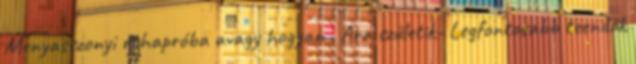
Menyasszonyi ruhapróba avagy hogyan . Ara születik- Legfontosabb teendők